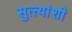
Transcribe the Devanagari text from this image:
सुत्त्यांशी